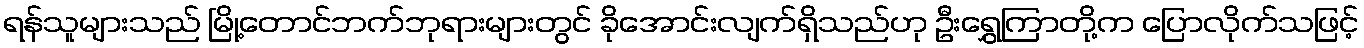
ရန်သူများသည် မြို့တောင်ဘက်ဘုရားများတွင် ခိုအောင်းလျက်ရှိသည်ဟု ဦးရွှေကြာတို့က ပြောလိုက်သဖြင့်